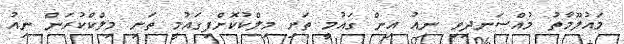
މައުލޫމާތު މުއްސަނދިވި ނިއު އިން ގައުމީ ތަށި މިލްކުކޮށްފިގައުމީ ތަށި މިލްކްކުރަން ނިއު